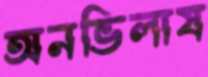
অনভিলাষ